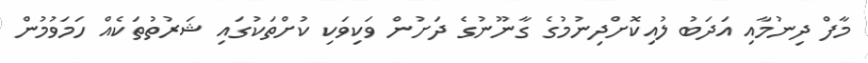
މާފް ދިނުމާއި އަދަބު ލުއިކޮށްދިނުމުގެ ގާނޫނުގެ ދަށުން ވަކިވަކި ކުށްތަކުގައި ޝަރުތުތަކެއް ހަމަވުމުން